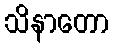
သိနာတော